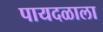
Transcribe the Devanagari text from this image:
पायदळाला